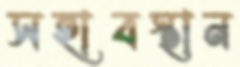
সহাবস্থান